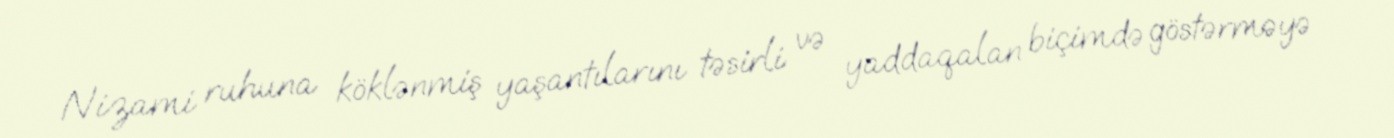
Nizami ruhuna köklənmiş yaşantılarını təsirli və yaddaqalan biçimdə göstərməyə